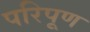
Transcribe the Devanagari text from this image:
परिपूण